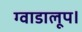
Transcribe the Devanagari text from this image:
ग्वाडालूप।